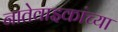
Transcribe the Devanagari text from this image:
नातेवाइकांच्या